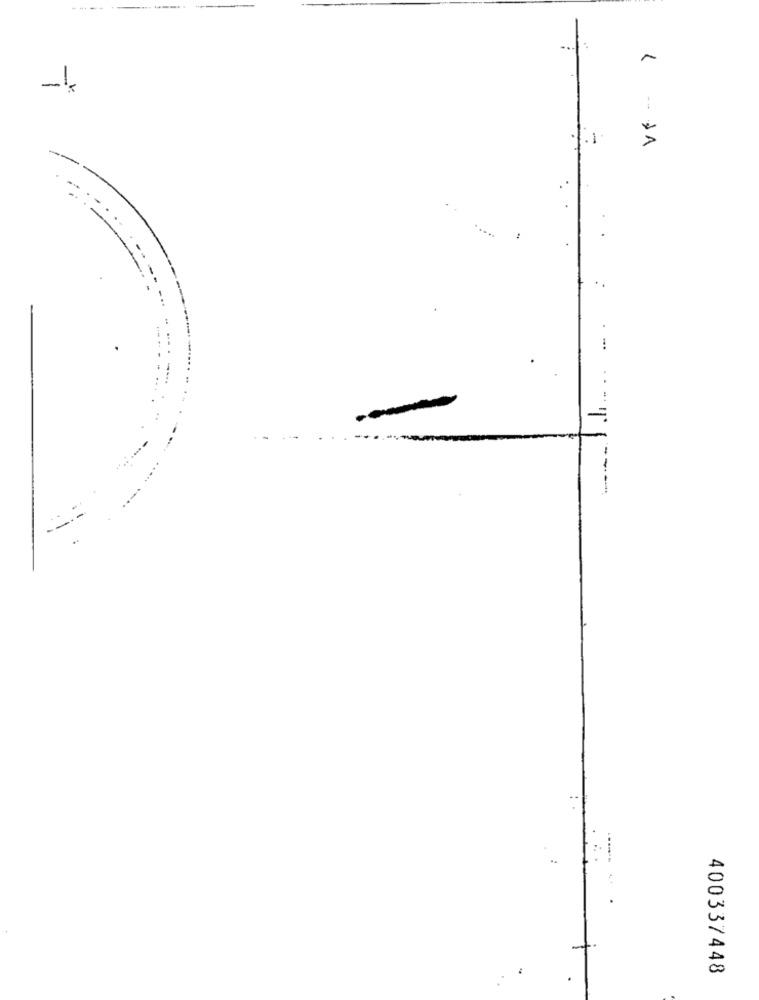
.1
1 -- >A
--
400337448